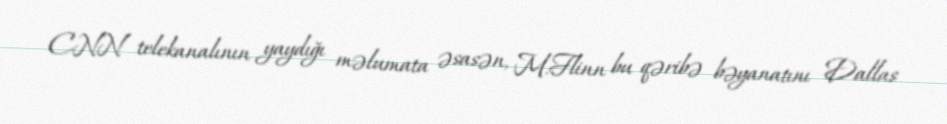
CNN telekanalının yaydığı məlumata əsasən, M.Flinn bu qəribə bəyanatını Dallas